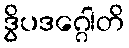
ဒွိပဒဂ္ဂေါတိ